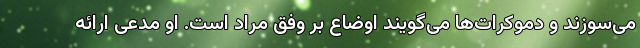
می‌سوزند و دموکرات‌ها می‌گویند اوضاع بر وفق مراد است. او مدعی ارائه